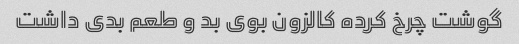
گوشت چرخ کرده کالزون بوی بد و طعم بدی داشت